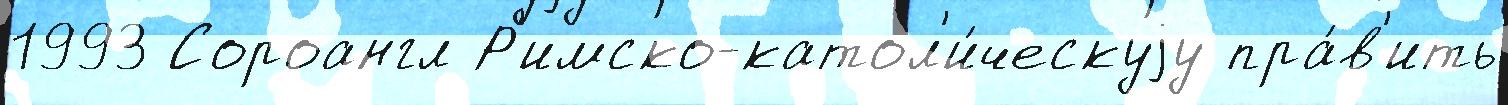
1993 Сороангл Р'имско-катол'и́ческуjу пра́в'ить